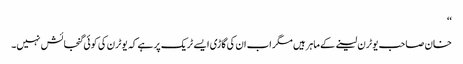
‘‘
خان صاحب یوٹرن لینے کے ماہر ہیں مگر اب ان کی گاڑی ایسے ٹریک پر ہے کہ یوٹرن کی کوئی گنجائش نہیں۔